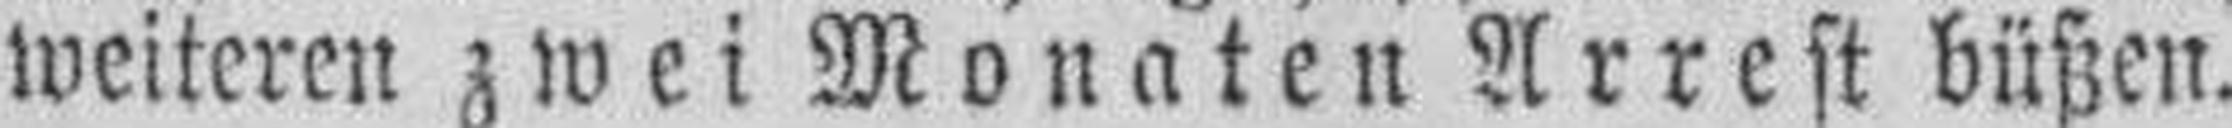
weiteren zwei Monaten Arrest büßen.